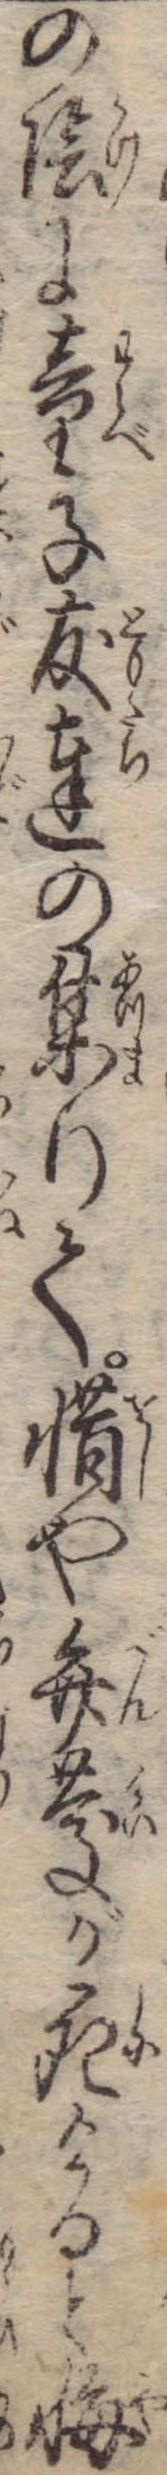
の陰に童子友達の集りて惜や弁慶が死けると悔